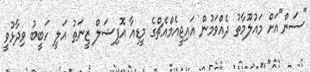
"ސަން"އަށް މައުލޫމާތު ދެއްވަމުން އައިޖީއެމްއެޗްގެ މީޑިއާ އޮފިޝަލް ޒީނަތު އަލީ ހަބީބު ވިދާޅުވީ